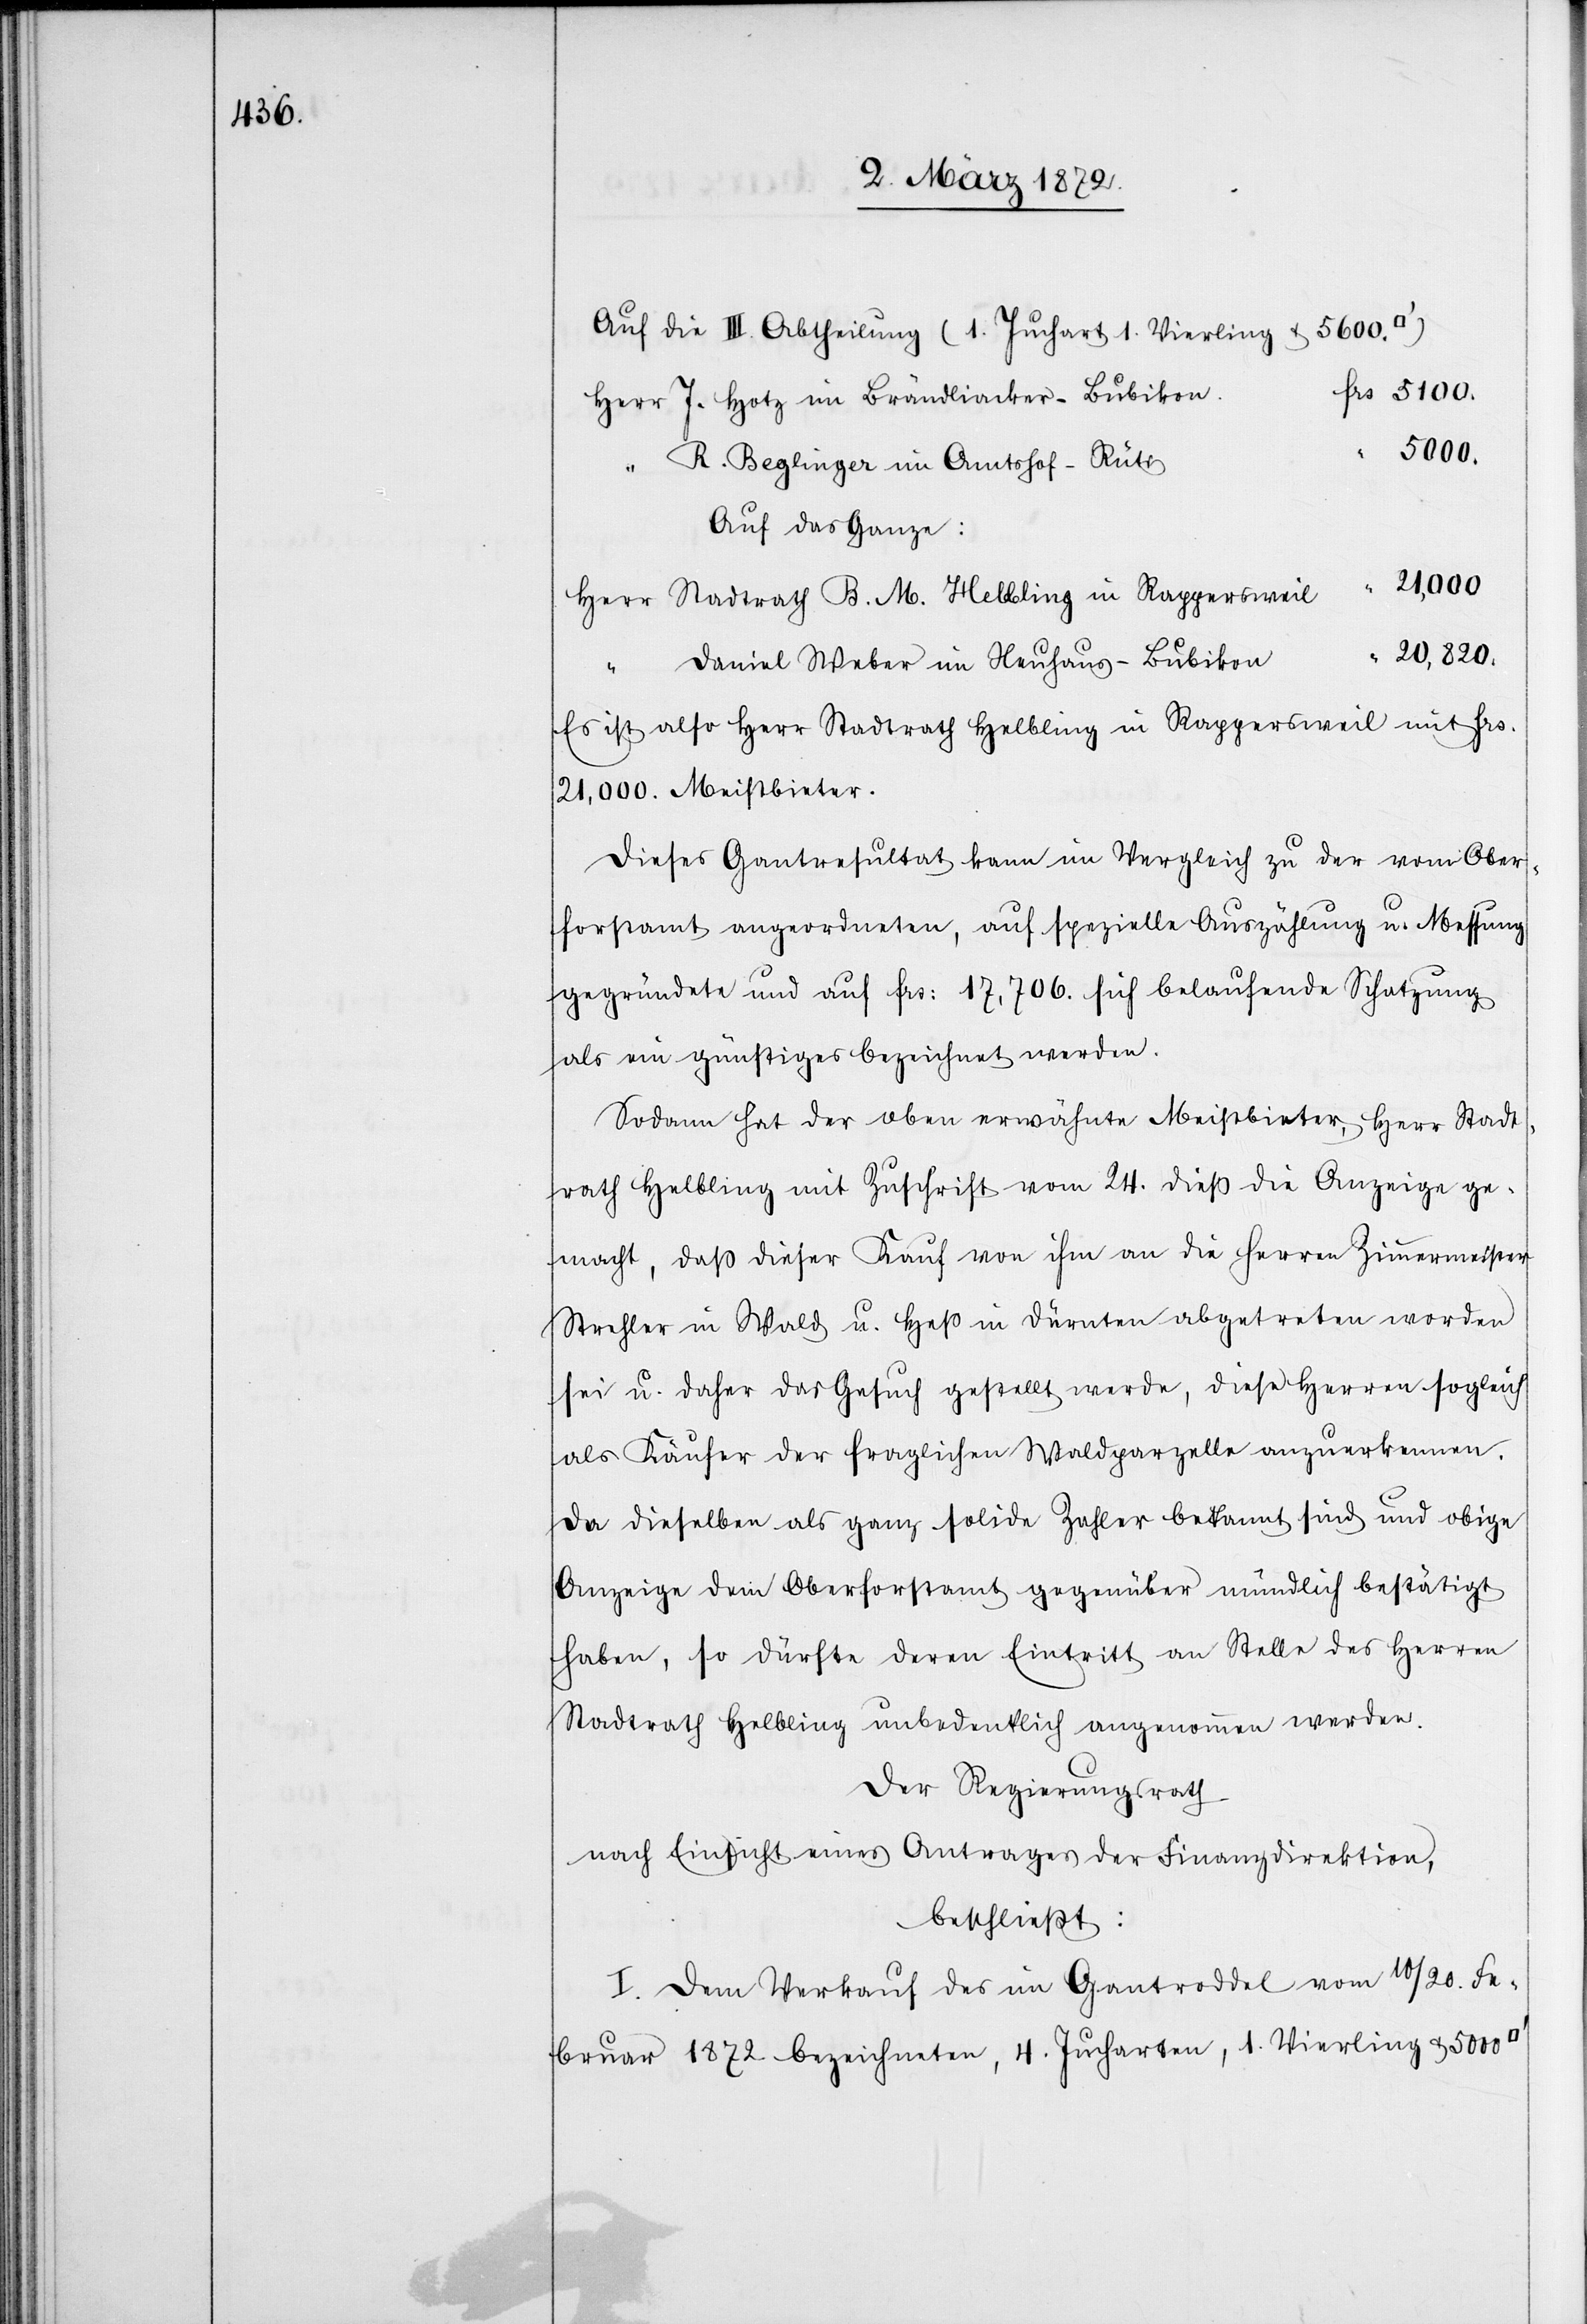
Auf die III. Abtheilung (1. Juchart 1. Vierling & 5600.
frs. 5100.
Herr J. Hotz im Brändliacker-Bubikon
“ R. Beglinger im Amtshof-Rüti
Auf das Ganze:
21,000
Herr Stadtrath B. M. Helbling in Rappersweil
“ 20,820.
Daniel Weber im Neuhaus-Bubikon
Er ist also Herr Stadtrath Helbling in Rappersweil mit frs.
21,000. Meistbieter.
Dieses Gantresultat kann im Vergleich zu der vom Ober¬
frostamt angeordneten, auf spezielle Auszählung u. Messung
gegründete und auf frs. 17,706. sich belaufende Schatzung
als ein günstiges bezeichnet werden.
Sodann hat der oben erwähnte Meistbieter, Herr Stadt¬
rath Helbling mit Zuschrift vom 24. dieß die Anzeige ge¬
macht, daß dieser Kauf von ihm an die Herren Zimmermeister
Strehler in Wald u. Heß in Dürnten abgetreten worden
sei u. daher das Gesuch gestellt werde, diese Herren sogleich
als Käufer der fraglichen Waldparzelle anzuerkennen.
Da dieselben als ganz solide Zahler bekannt sind und obige
Anzeige dem Oberforstamt gegenüber mündlich bestätigt
haben, so dürfte deren Eintritt an Stelle des Herren
Stadtrath Helbling unbedenklich angenommen werden.
Der Regierungsrath
nach Einsicht eines Antrages der Finanzdirektion,
beschließt:
I. Dem Verkauf des im Gantroddel vom 10/20. Fe¬
bruar 1872 bezeichneten, 4. Jucharten, 1. Vierling u. 5000